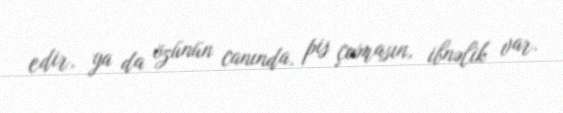
edir, ya da özünün canında, pis çıxmasın, ibnəlik var.